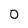
Character: 0